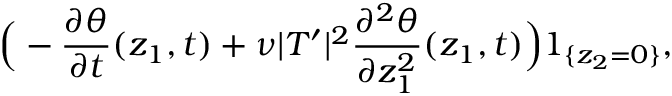
\Big ( - \frac { \partial \theta } { \partial t } ( z _ { 1 } , t ) + \nu | T ^ { \prime } | ^ { 2 } \frac { \partial ^ { 2 } \theta } { \partial z _ { 1 } ^ { 2 } } ( z _ { 1 } , t ) \Big ) 1 _ { \{ z _ { 2 } = 0 \} } ,